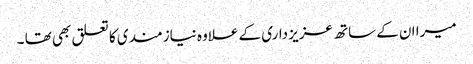
میرا ان کے ساتھ عزیز داری کے علاوہ نیازمندی کا تعلق بھی تھا ۔